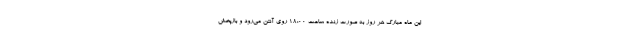
این ماه مبارک هر روز به صورت زنده ساعت 18:00 روی آنتن می‌رود و بازپخش